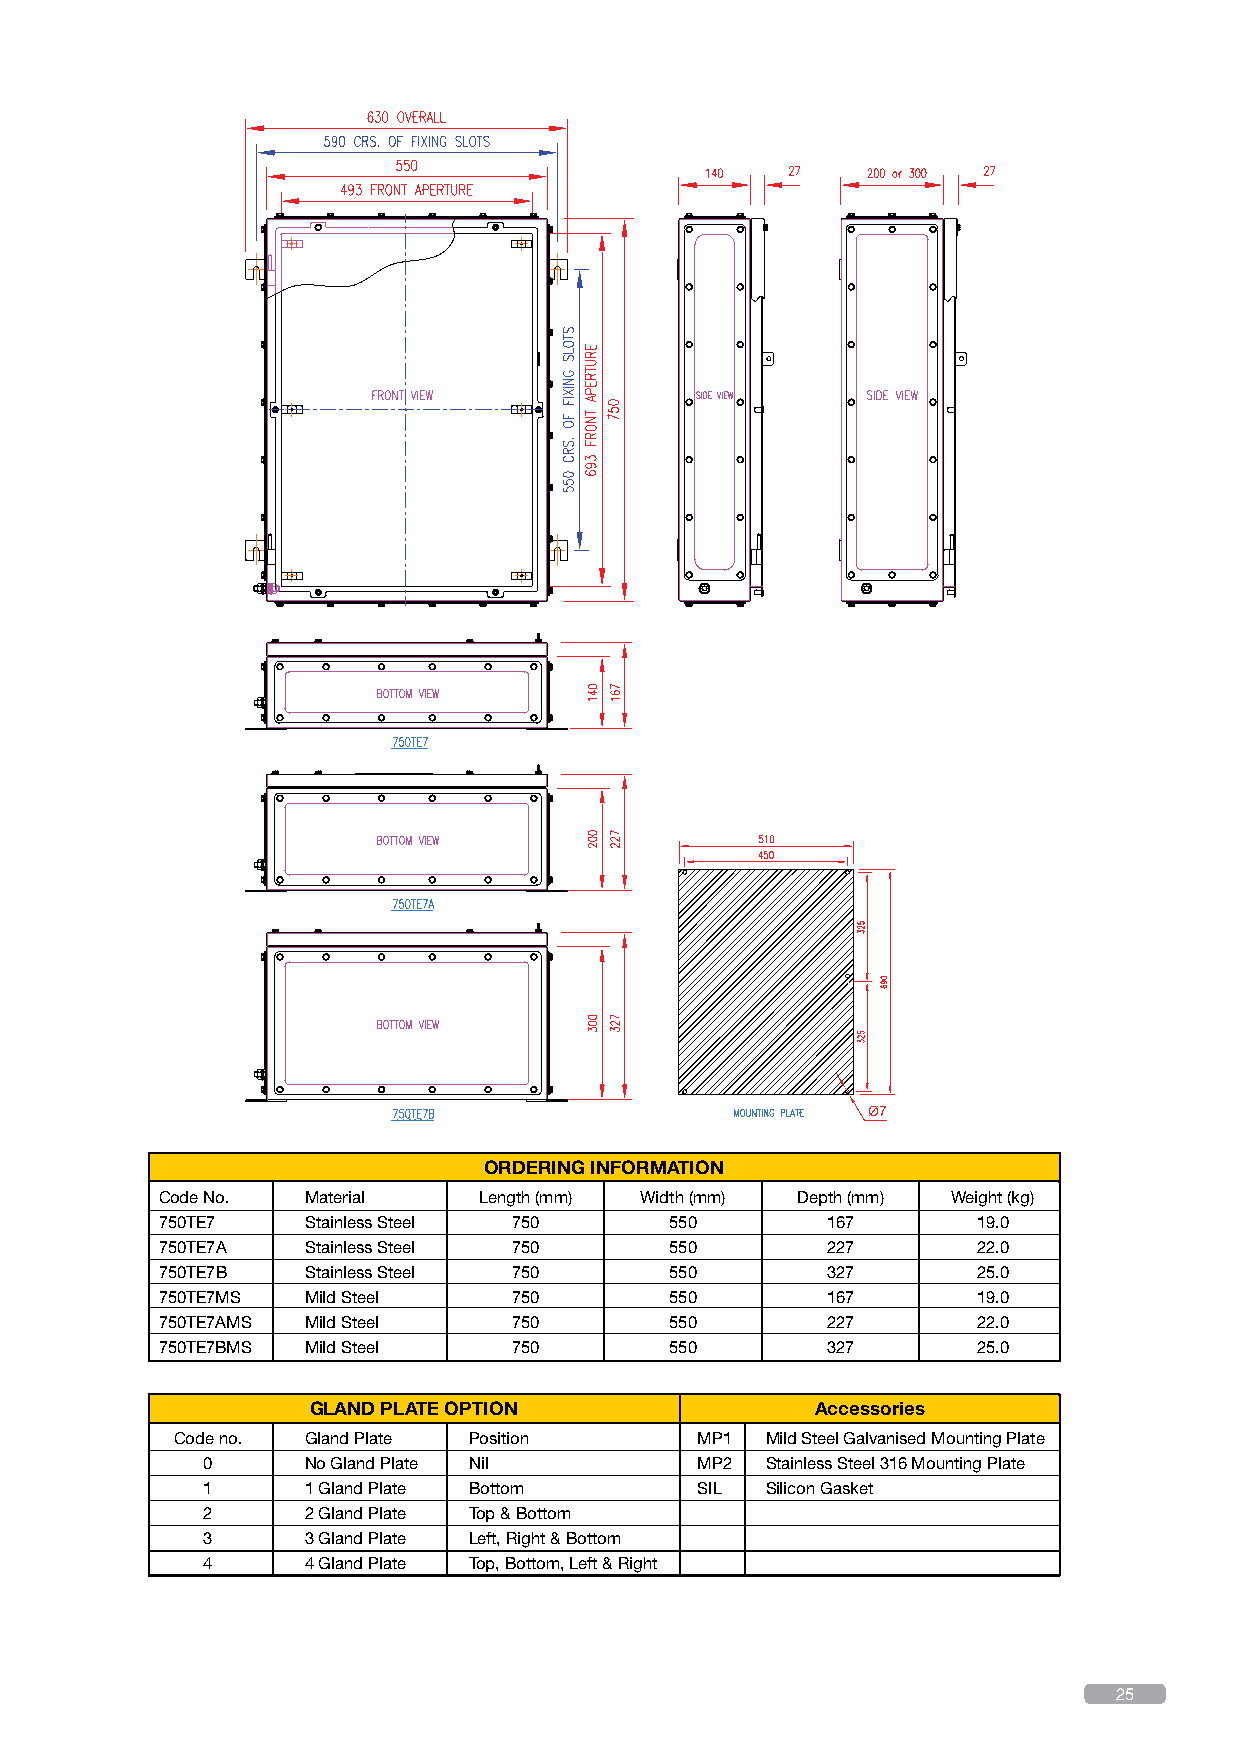
Ø7
 ORDERING INFORMATION
 Code No.  Material    Length (mm) Width (mm) Depth (mm) Weight (kg)
 750TE7    Stainless Steel 750     550        167       19.0
 750TE7A   Stainless Steel 750     550        227       22.0
 750TE7B   Stainless Steel 750     550        327       25.0
 750TE7MS  Mild Steel    750       550        167       19.0
 750TE7AMS Mild Steel    750       550        227       22.0
 750TE7BMS Mild Steel    750       550        327       25.0
 GLAND PLATE OPTION                Accessories
 Code no. Gland Plate Position      MP1  Mild Steel Galvanised Mounting Plate
 0      No Gland Plate Nil        MP2  Stainless Steel 316 Mounting Plate
 1      1 Gland Plate Bottom      SIL  Silicon Gasket
 2      2 Gland Plate Top & Bottom
 3      3 Gland Plate Left, Right & Bottom
 4      4 Gland Plate Top, Bottom, Left & Right
 25